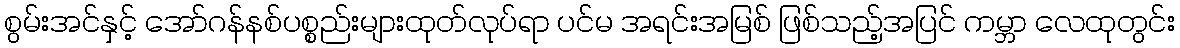
စွမ်းအင်နှင့် အော်ဂန်နစ်ပစ္စည်းများထုတ်လုပ်ရာ ပင်မ အရင်းအမြစ် ဖြစ်သည့်အပြင် ကမ္ဘာ လေထုတွင်း